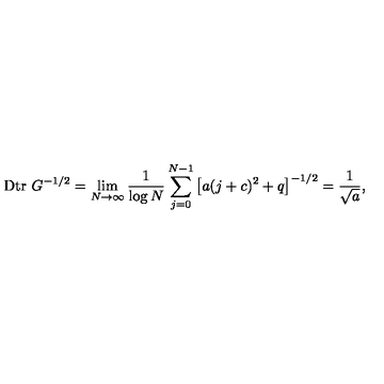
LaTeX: \mathrm { D t r } \ G ^ { - 1 / 2 } = \lim _ { N \rightarrow \infty } \frac { 1 } { \log N } \sum _ { j = 0 } ^ { N - 1 } \left[ a ( j + c ) ^ { 2 } + q \right] ^ { - 1 / 2 } = \frac { 1 } { \sqrt { a } } ,